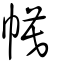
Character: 幙